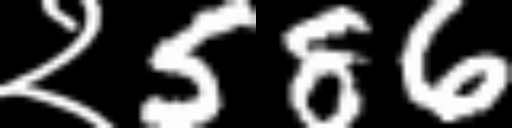
Text: २586